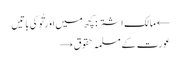
← مالک اشتر: کچھ میں اور تُو کی باتیں
عورت کے مسلمہ حقوق →